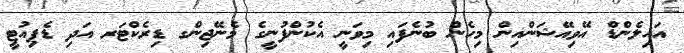
އައިލެންޑް އޭވިއޭޝަންއިން މިހެން ބުނެފައި މިވަނީ އެކުންފުނީގެ މެނޭޖިންގ ޑިރެކްޓަރ އަދި ޑެޕިއުޓީ